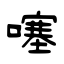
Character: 噻